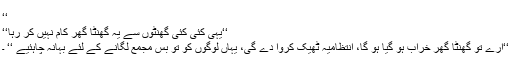
‘‘
‘‘یہی کئی کئی گھنٹوں سے یہ گھنٹا گھر کام نہیں کر رہا‘‘
‘‘ارے تو گھنٹا گھر خراب ہو گیا ہو گا، انتظامیہ ٹھیک کروا دے گی، یہاں لوگوں کو تو بس مجمع لگانے کے لئے بہانہ چاہئیے ‘‘ ۔